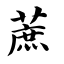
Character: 蔗